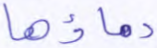
دماؤها